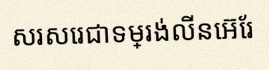
សរសេរជាទម្រង់លីនេអ៊ែរ